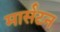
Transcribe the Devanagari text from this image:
मार्सटन